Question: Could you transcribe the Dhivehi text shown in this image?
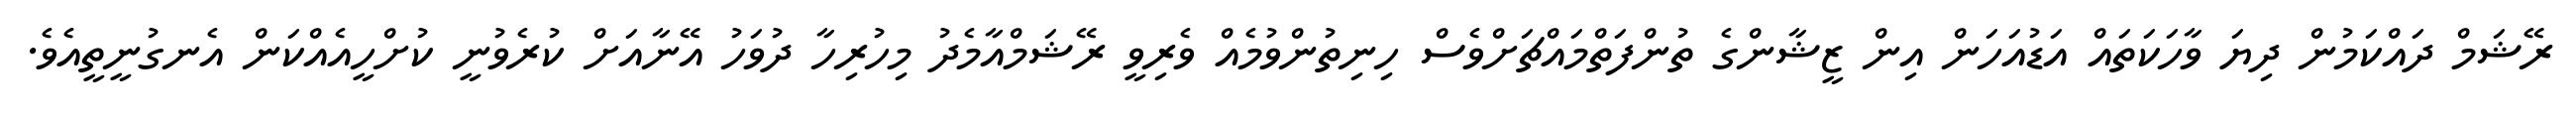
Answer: ރޭޝަމް ދައްކަމުން ދިޔަ ވާހަކަތައް އަޑުއަހަން އިން ޒީޝާންގެ ތުންފަތްމައްޗަށްވެސް ހިނިތުންވުމެއް ވެރިވީ ރޭޝަމްއާމެދު މިހުރިހާ ދުވަހު އޭނާއަށް ކުރެވުނީ ކުށްހީއެއްކަން އެނގުނީތީއެވެ.